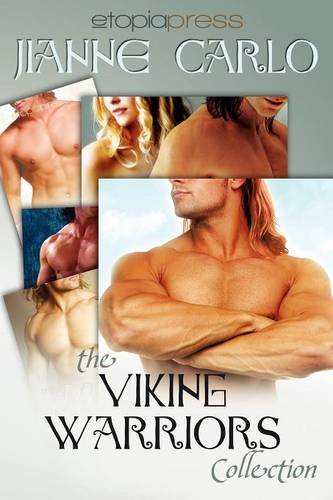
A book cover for The Viking Warriors Collection; Jianne Carlo; Romance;